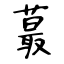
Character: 蕞